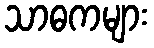
သာဓကများ